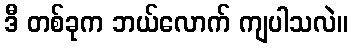
ဒီ တစ်ခုက ဘယ်လောက် ကျပါသလဲ။